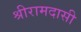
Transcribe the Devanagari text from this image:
श्रीरामदासी